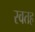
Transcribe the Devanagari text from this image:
स्वतह